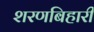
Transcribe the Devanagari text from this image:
शरणबिहारी